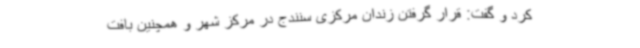
کرد و گفت: قرار گرفتن زندان مرکزی سنندج در مرکز شهر و همچنین بافت